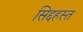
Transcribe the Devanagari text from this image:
सिद्दहस्त